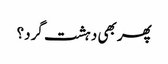
پھر بھی دہشت گرد؟